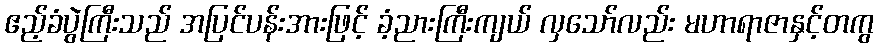
ဧည့်ခံပွဲကြီးသည် အပြင်ပန်းအားဖြင့် ခံ့ညားကြီးကျယ် လှသော်လည်း မဟာရာဇာနှင့်တကွ